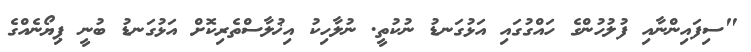
"ސިފައިންނާއި ފުލުހުންގެ ހައްގުގައި އަޅުގަނޑު ނުކުތީ. ނުލާހިކު އިޚުލާސްތެރިކޮށް އަޅުގަނޑު ބުނީ ޕިޔޯނެއްގެ